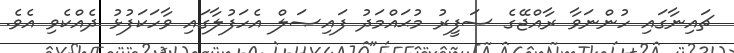
ޗައިނާގައި ހުންނަވާ ރާއްޖޭގެ ސަފީރު މުޙައްމަދު ފައިޞަލް އެހަފުލާގައި ވާހަކަފުޅު ދެއްކެވި އެވެ.